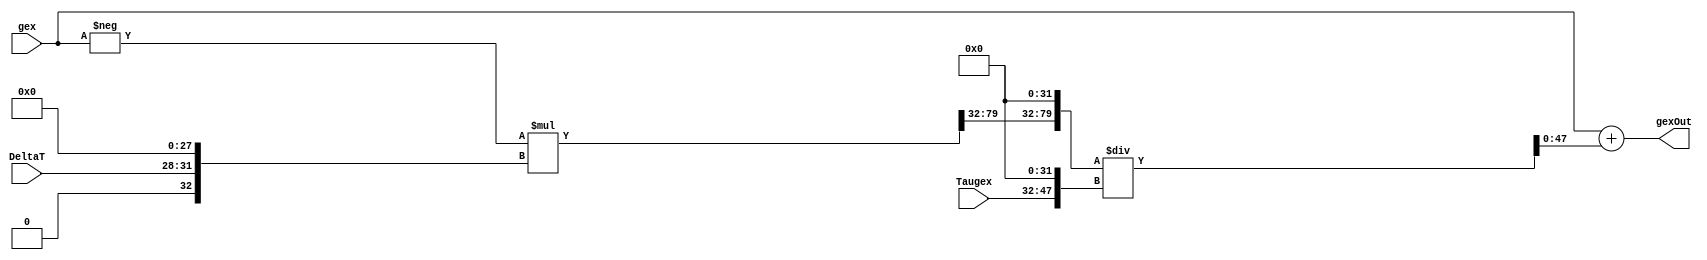
/*
-----------------------------------------------------
| Created on: 12.07.2018		           							
| Author: Saunak Saha				    
|                                                   
| Department of Electrical and Computer Engineering  
| Iowa State University                             
-----------------------------------------------------
*/


`timescale 1ns/1ns
module GexLeakUnit
#(
	parameter INTEGER_WIDTH = 16, 
	parameter DATA_WIDTH_FRAC = 32,
	parameter DATA_WIDTH = INTEGER_WIDTH + DATA_WIDTH_FRAC, 
	parameter DELTAT_WIDTH = 4
)
(
	
	input wire signed [(DATA_WIDTH-1):0] gex,
	input wire signed [(DELTAT_WIDTH-1):0] DeltaT,
	input wire signed [(INTEGER_WIDTH-1):0] Taugex,
	

	output wire signed [(DATA_WIDTH-1):0] gexOut
);

 
	//Intermediate Values:
	wire signed [(INTEGER_WIDTH-1):0] MultResult_Int;
	wire signed [(DATA_WIDTH_FRAC-1):0] MultResult_Frac;
	wire signed [(DATA_WIDTH-1):0] DeltaT_Extended, MultResult, Taugex_Extended, Quotient;
	wire signed [(DATA_WIDTH + DATA_WIDTH_FRAC - 1):0] Dividend; 

	wire signed [(DATA_WIDTH-1):0] V1;
	wire signed [(2*DATA_WIDTH -1):0] V2;
	wire signed [(DATA_WIDTH + DATA_WIDTH_FRAC - 1):0] V3;


	//Wire Select and/or padding for Fixed-point Arithmetic
	assign DeltaT_Extended = {{INTEGER_WIDTH{1'b0}},DeltaT,{DATA_WIDTH_FRAC-DELTAT_WIDTH{1'b0}}};			//pad integer bits and rest of fractional bits 
	assign MultResult_Int = V2[(DATA_WIDTH + DATA_WIDTH_FRAC - 1):(DATA_WIDTH + DATA_WIDTH_FRAC - INTEGER_WIDTH)];	//take lower <INTEGER_WIDTH> integer bits of product
	assign MultResult_Frac = V2[(DATA_WIDTH + DATA_WIDTH_FRAC - INTEGER_WIDTH - 1):DATA_WIDTH_FRAC];		//take higher <DATA_WIDTH_FRAC> frac bits of product
	assign MultResult = {MultResult_Int,MultResult_Frac};								//concatenate to form product in given format
	assign Taugex_Extended = {Taugex,{DATA_WIDTH_FRAC{1'b0}}};							//pad fractional bits
	assign Dividend = {MultResult,{DATA_WIDTH_FRAC{1'b0}}};								//shift by all decimal places before division
	assign Quotient = V3[(DATA_WIDTH-1):0];										//take lower <DATA_WIDTH> bits of Division result



	//Combinational Computation
	assign V1 = -gex;
	assign V2 = V1*DeltaT_Extended;
	assign V3 = Dividend/Taugex_Extended;
	assign gexOut = gex + Quotient;



endmodule